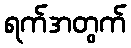
ရက်အတွက်